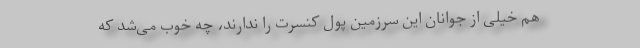
هم خیلی از جوانان این سرزمین پول کنسرت را ندارند، چه خوب می‌شد که